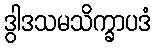
ဒွါဒသမသိက္ခာပဒံ